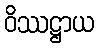
ဝိဿဋ္ဌာယ